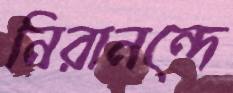
নিরানন্দে